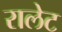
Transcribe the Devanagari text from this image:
रालेट